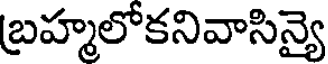
బ్రహ్మలోకనివాసిన్యై